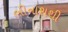
ભીનાશથી